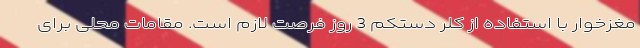
مغزخوار با استفاده از کلر دستکم 3 روز فرصت لازم است. مقامات محلی برای